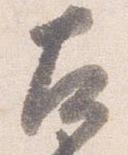
左